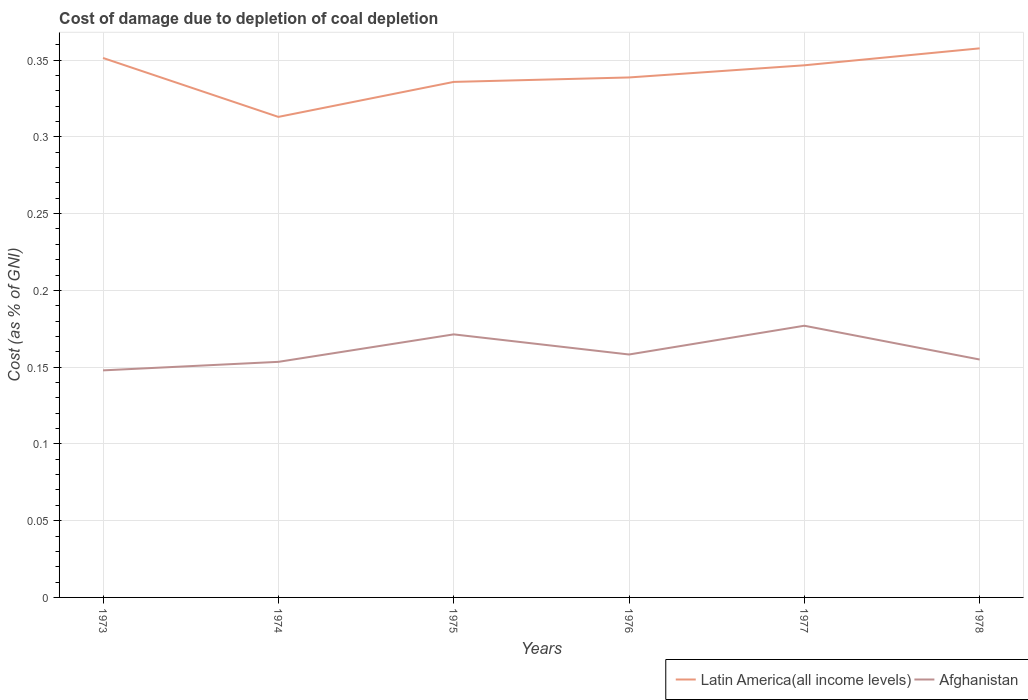
| Years | Latin America(all income levels) | Afghanistan |
 | --- | --- | --- |
 | 1973 | 0.351 | 0.148 |
 | 1974 | 0.313 | 0.153 |
 | 1975 | 0.336 | 0.171 |
 | 1976 | 0.339 | 0.158 |
 | 1977 | 0.347 | 0.177 |
 | 1978 | 0.358 | 0.155 |